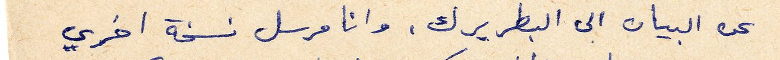
عن البيان الى البطريرك. وانا مرسل نسخة اخرى